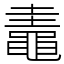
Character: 鼃